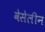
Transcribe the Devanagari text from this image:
वेसेलीन